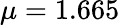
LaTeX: \mu=1.665